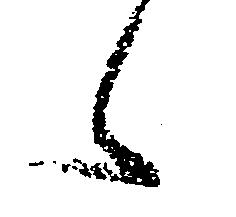
え